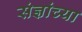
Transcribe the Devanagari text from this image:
संज्ञांच्या